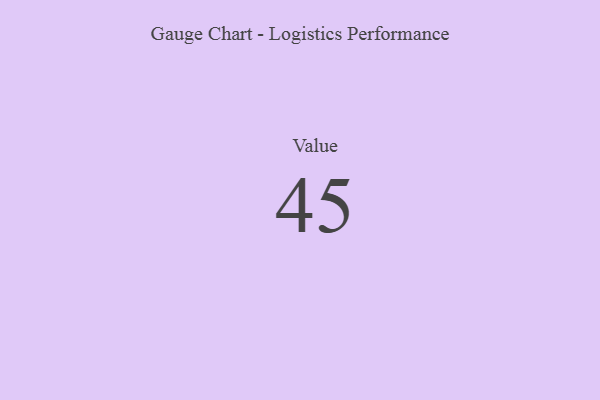
{"axis": {"x": "Metric", "y": "Value"}, "legend": [""], "data": [{"x": "Value", "y": 45, "type": ""}]}